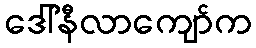
ဒေါ်နီလာကျော်က